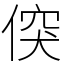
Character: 𠊲